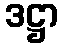
ဒဋ္ဌာ